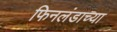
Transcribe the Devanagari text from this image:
फिनलंडाच्या